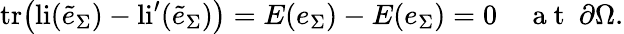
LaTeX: \mathrm{tr}\big(\mathrm{li}(\tilde{e}_{\Sigma})-\mathrm{li}^{\prime}(\tilde{e}_{\Sigma})\big)=E(e_{\Sigma})-E(e_{\Sigma})=0\quad\mathrm{~a~t~}\ \partial\Omega.